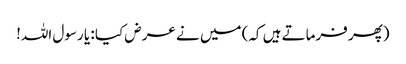
(پھر فرماتے ہیں کہ) میں نے عرض کیا : یا رسول اللہ!